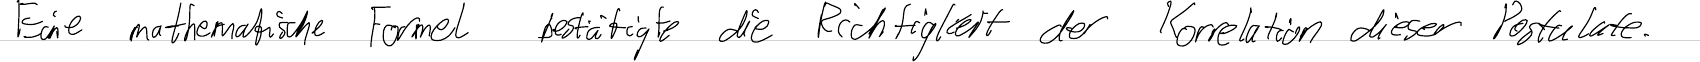
Eine mathematische Formel bestätigte die Richtigkeit der Korrelation dieser Postulate.